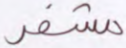
مشفر